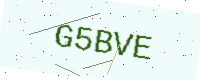
Text: G5BVE